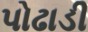
પોઢાડી